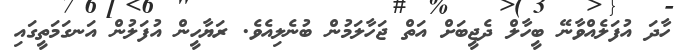
ހާދަ އުފަލެއްވާނޭ ބީހާލް ދެޖީބަށް އަތް ޖަހާލަމުން ބުނެލިއެވެ. ރަޔާހީން އުފަލުން އަނގަމަތީގައި